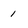
Character: 1